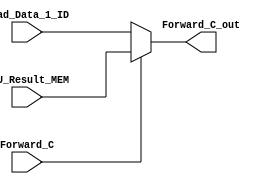
// Forward_C_mux is the mux for ID Branch Forwarding


module Forward_C_mux(
		input [31:0]  Read_Data_1_ID,
		input [31:0]  ALU_Result_MEM,
		input			  Forward_C,
		output [31:0] Forward_C_out
);

assign Forward_C_out = Forward_C ? ALU_Result_MEM : Read_Data_1_ID;

endmodule